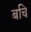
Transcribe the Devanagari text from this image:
बचि